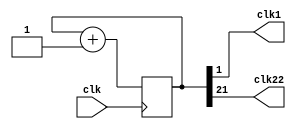
`timescale 1ns / 1ps
//////////////////////////////////////////////////////////////////////////////////
// Company: 
// Engineer: 
// 
// Design Name: 
// Module Name: clock_divisor
// Project Name: 
// Target Devices: 
// Tool Versions: 
// Description: 
// 
// Dependencies: 
// 
// Revision:
// Revision 0.01 - File Created
// Additional Comments:
// 
//////////////////////////////////////////////////////////////////////////////////
module clock_divisor(clk1, clk, clk22);
input clk;
output clk1;
output clk22;
reg [21:0] num;
wire [21:0] next_num;

always @(posedge clk) begin
  num <= next_num;
end

assign next_num = num + 1'b1;
assign clk1 = num[1];
assign clk22 = num[21];
endmodule